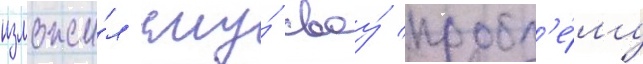
изложи́л ему́ своу́ пробл'е́му